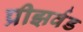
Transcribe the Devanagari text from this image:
प्रीझर्वड